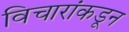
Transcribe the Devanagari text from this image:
विचारांकडून